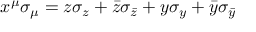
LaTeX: x ^ { \mu } \sigma _ { \mu } = z \sigma _ { z } + \bar { z } \sigma _ { \bar { z } } + y \sigma _ { y } + \bar { y } \sigma _ { \bar { y } }